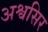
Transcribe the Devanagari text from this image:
अश्वसिर